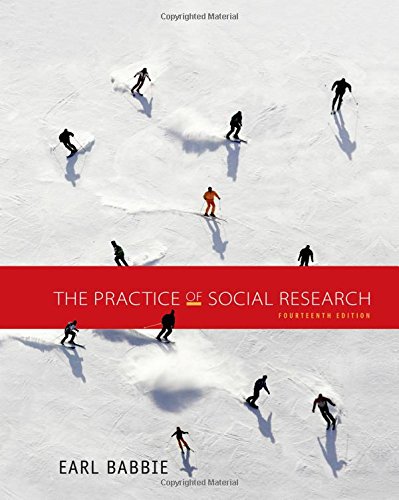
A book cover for The Practice of Social Research; Earl R. Babbie; Politics & Social Sciences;